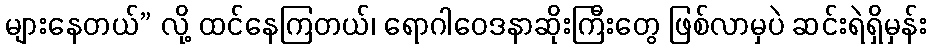
များနေတယ်” လို့ ထင်နေကြတယ်၊ ရောဂါဝေဒနာဆိုးကြီးတွေ ဖြစ်လာမှပဲ ဆင်းရဲရှိမှန်း